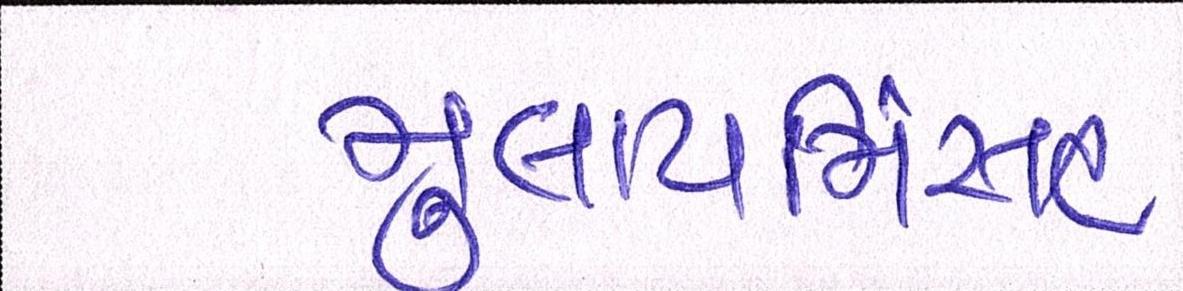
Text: મુલાયમિંસહ